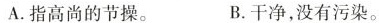
A.指高尚的节操。 B.干净，没有污染。